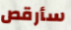
سأرقص